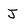
Character: J